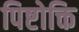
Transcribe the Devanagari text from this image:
पिष्टोक्ति